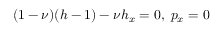
( 1 - \nu ) ( h - 1 ) - \nu h _ { x } = 0 , \; p _ { x } = 0